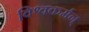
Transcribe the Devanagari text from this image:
विश्वकर्मन्‌